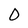
Character: 0